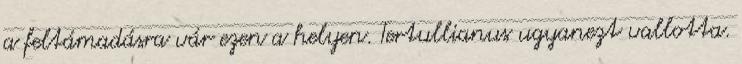
a feltámadásra vár ezen a helyen. Tertullianus ugyanezt vallotta.